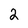
Character: 2